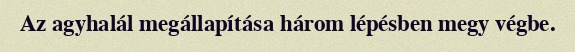
Az agyhalál megállapítása három lépésben megy végbe.